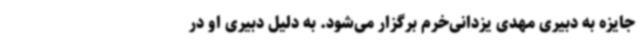
جایزه به دبیری مهدی یزدانی‌خرم برگزار می‌شود. به دلیل دبیری او در